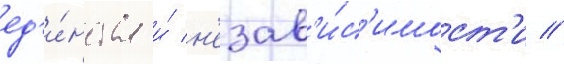
ед'и́нства и́ н'езав'и́с'имост'и //